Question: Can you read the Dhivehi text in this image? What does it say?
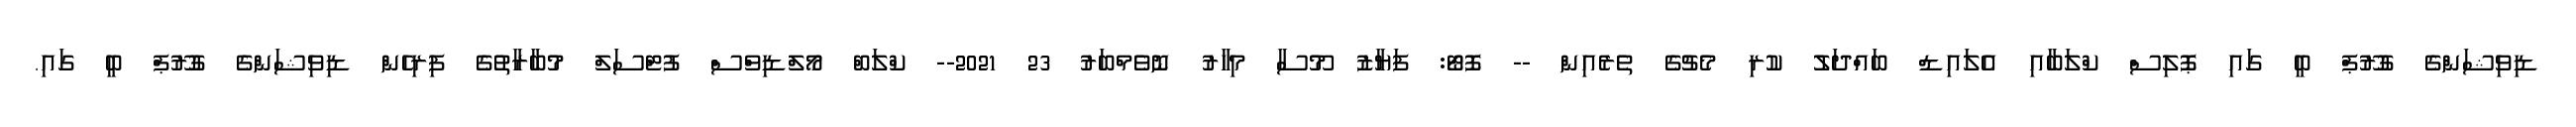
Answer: ޑިވިޝަންގެ ގުރޫޕް ބީ ގައި ޕޮލިސް ކްލަބާއި އެލައިޑް ބައްދަލު ކުރި މެޗުގެ ތެރެއިން -- ފޮޓޯ: ފަޔާޒު މޫސާ މިހާރު ނޮވެމްބަރު 23 2021-- ކްލަބް މޯލްޑިވްސް ފުޓްސަލް މުބާރާތުގެ ފިރިހެން ޑިވިޝަންގެ ގުރޫޕް ބީ ގައި.